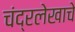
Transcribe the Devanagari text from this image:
चंद्रलेखाचे